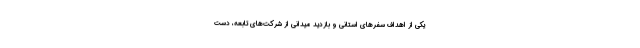
یکی از اهداف سفرهای استانی و بازدید میدانی از شرکت‌های تابعه، دست